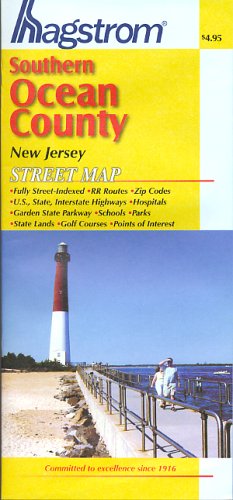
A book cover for Hagstrom Southern Ocean County New Jersey Street Map; Travel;